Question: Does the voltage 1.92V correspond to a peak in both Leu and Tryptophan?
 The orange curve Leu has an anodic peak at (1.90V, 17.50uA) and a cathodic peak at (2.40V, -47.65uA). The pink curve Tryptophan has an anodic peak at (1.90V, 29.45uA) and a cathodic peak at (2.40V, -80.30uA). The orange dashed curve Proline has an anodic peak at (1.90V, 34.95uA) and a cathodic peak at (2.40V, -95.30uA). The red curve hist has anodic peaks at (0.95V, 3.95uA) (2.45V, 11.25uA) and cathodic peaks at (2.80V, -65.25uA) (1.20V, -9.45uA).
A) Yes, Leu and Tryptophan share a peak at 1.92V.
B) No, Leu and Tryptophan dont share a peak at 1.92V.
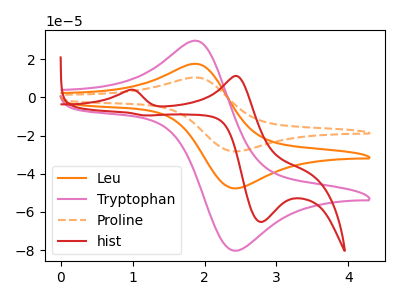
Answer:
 <answer>A) Yes, "Leu" and "Tryptophan" share a peak at 1.92V.</answer>
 <eval>A</eval>